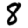
Digit: 8